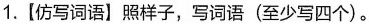
1.【仿写词语】照样子，写词语(至少写四个)。